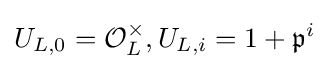
U_{L,0}={\mathcal {O}}_{L}^{\times },U_{L,i}=1+{\mathfrak {p}}^{i}